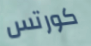
كورتس